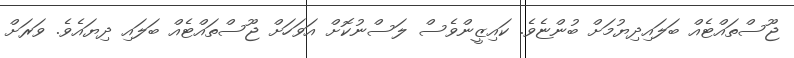
ޖޫސްތައްޓެއް ބަލައިދިޔުމަށް ބުންޏެވެ. ކައިޒީންވެސް ލަސްނުކޮށް އަވަހަށް ޖޫސްތައްޓެއް ބަލައި ދިޔައެވެ. ވަރަށް